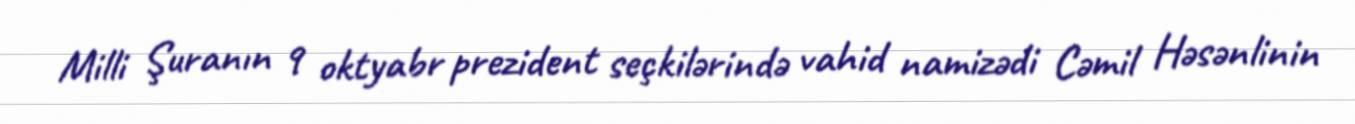
Milli Şuranın 9 oktyabr prezident seçkilərində vahid namizədi Cəmil Həsənlinin